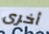
أخرى